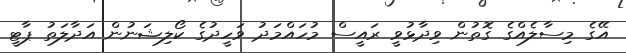
އޭގެ މިސާލެއްގެ ގޮތުން ވިދާޅުވީ ރައީސް މުހައްމަދު ވަހީދުގެ ކޯލިޝަނުން އަދާލަތު ޕާޓީ